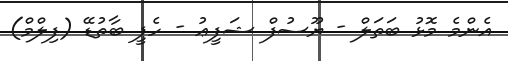
އެންމެ މޮޅު ބަތަލް - ޔޫސުފް ޝަފީޢު - ހެޕީ ބާތުޑޭ (ފިލްމް)